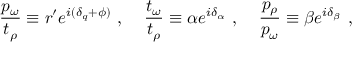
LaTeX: \frac { p _ { \omega } } { t _ { \rho } } \equiv r ^ { \prime } e ^ { i ( \delta _ { q } + \phi ) } \ , \; \; \; \; \frac { t _ { \omega } } { t _ { \rho } } \equiv \alpha e ^ { i \delta _ { \alpha } } \ , \; \; \; \; \frac { p _ { \rho } } { p _ { \omega } } \equiv \beta e ^ { i \delta _ { \beta } } \ ,